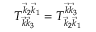
T _ { \vec { k } \vec { k } _ { 3 } } ^ { \vec { k } _ { 2 } \vec { k } _ { 1 } } = T _ { \vec { k } _ { 2 } \vec { k } _ { 1 } } ^ { \vec { k } \vec { k } _ { 3 } }